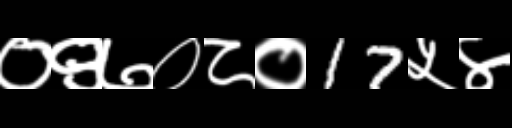
Text: ०९७०८०17५४